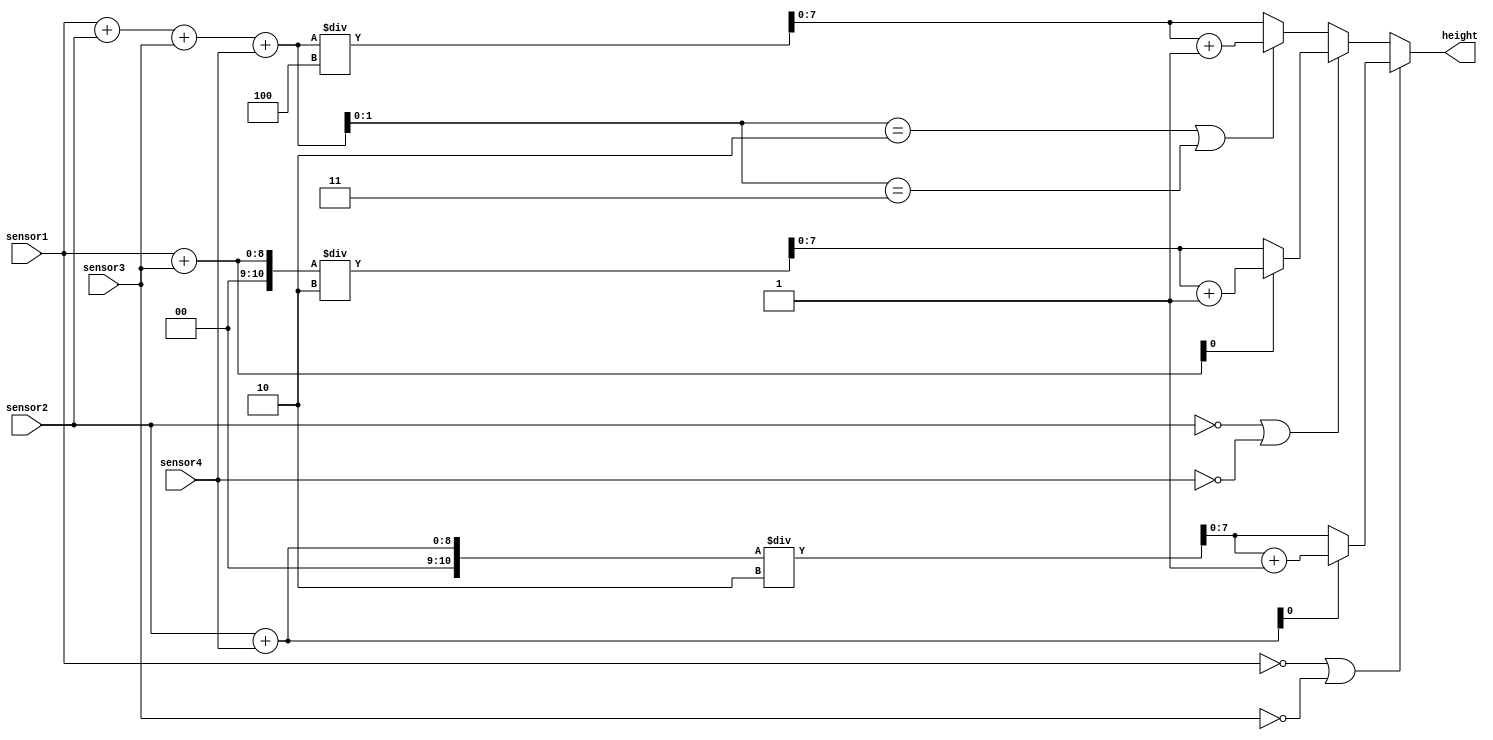
`timescale 1ns / 1ps
//////////////////////////////////////////////////////////////////////////////////
// Company: 
// Engineer: 
// 
// Design Name: 
// Module Name:    sensors_input 
// Project Name: 
// Target Devices: 
// Tool versions: 
// Description: 
//
// Dependencies: 
//
// Revision: 
// Revision 0.01 - File Created
// Additional Comments: 
//
//////////////////////////////////////////////////////////////////////////////////
module sensors_input(
   output  reg [7 : 0]   height,
   input    [7 : 0]   sensor1,
   input    [7 : 0]   sensor2,
   input    [7 : 0]   sensor3,
   input    [7 : 0]   sensor4);

reg [10 : 0] suma; //suma senzorilor; voi verifica restul impartirii ei la 2 sau la 4 pentru a vedea daca inaltimea trebuie sa fie incrementata

always@(*) begin

	if (sensor1 == 0 || sensor3 == 0) begin
			suma = sensor2 + sensor4; //ignor sensor1 si sensor3
			height = suma / 2;
			if (suma[0] == 1) //daca suma este impara (inaltimea are partea fractionara 0.5), incrementez inaltimea cu 1
				height = height + 1;
			end
			
	else if (sensor2 == 0 || sensor4 == 0) begin //ignor sensor2 si sensor4
			suma = sensor1 + sensor3;
			height = suma / 2;
			if (suma[0] == 1) //daca suma este impara (inaltimea are partea fractionara 0.5), incrementez inaltimea cu 1
				height = height + 1;
			end
			
	else begin
			suma = sensor1 + sensor2 + sensor3 + sensor4;
			height = suma / 4;
			if (suma[1:0] == 2 || suma[1:0] == 3) //daca restul impartirii sumei la 4 este 2 sau 3 (inaltimea are partea fractionara 0.5 sau 0.75), incrementez inaltimea cu 1
				height = height + 1;
			end
end

endmodule